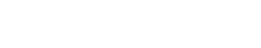
တစ်ငုံစာလောက်သာရှိတယ်။